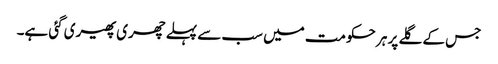
جس کے گلے پر ہر حکومت میں سب سے پہلے چھری پھیری گئی ہے۔